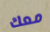
معك